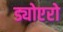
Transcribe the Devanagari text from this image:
ड्योएरो